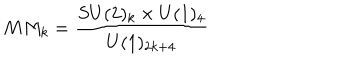
M M _ { k } = \frac { S U ( 2 ) _ { k } \times U ( 1 ) _ { 4 } } { U ( 1 ) _ { 2 k + 4 } }